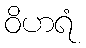
ဝိဟရံ